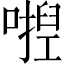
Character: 𭉛